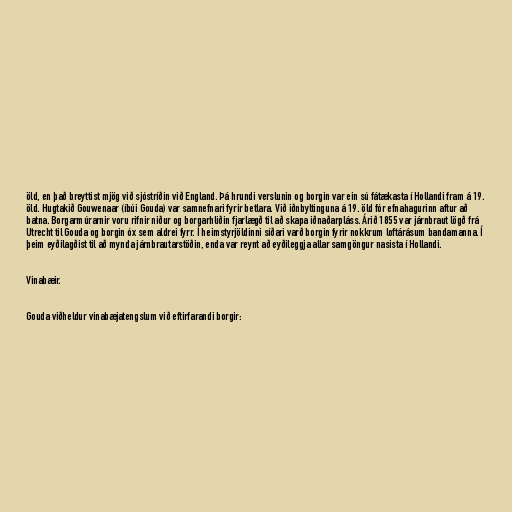
öld, en það breyttist mjög við sjóstríðin við England. Þá hrundi verslunin og borgin var ein sú fátækasta í Hollandi fram á 19.
öld. Hugtakið Gouwenaar (íbúi Gouda) var samnefnari fyrir betlara. Við iðnbyltinguna á 19. öld fór efnahagurinn aftur að
batna. Borgarmúrarnir voru rifnir niður og borgarhliðin fjarlægð til að skapa iðnaðarpláss. Árið 1855 var járnbraut lögð frá
Utrecht til Gouda og borgin óx sem aldrei fyrr. Í heimstyrjöldinni síðari varð borgin fyrir nokkrum loftárásum bandamanna. Í
þeim eyðilagðist til að mynda járnbrautarstöðin, enda var reynt að eyðileggja allar samgöngur nasista í Hollandi.

Vinabæir.

Gouda viðheldur vinabæjatengslum við eftirfarandi borgir: